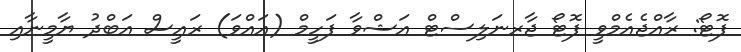
ފޮޓޯ: ރާއްޖެއެމްވީ ފޮޓޯ ޖާރނަލިސްޓް އަޝްވާ ފަހީމް (އައްވަ) ރައީސް އަބްދު ޔާމީނާއި